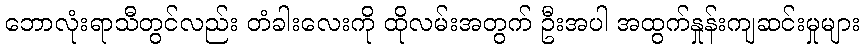
ဘောလုံးရာသီတွင်လည်း တံခါးလေးကို ထိုလမ်းအတွက် ဦးအပါ အထွက်နှုန်းကျဆင်းမှုများ